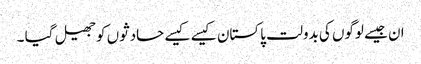
ان جیسے لوگوں کی بدولت پاکستان کیسے کیسے حادثوں کو جھیل گیا ۔